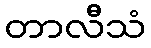
တာလီသံ